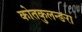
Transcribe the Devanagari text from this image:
कोतकुलन्ङरा